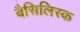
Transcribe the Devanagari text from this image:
बैसिलिस्क